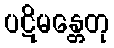
ပဋိမန္တေတု